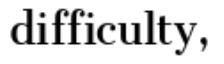
difficulty,